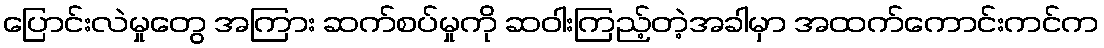
ပြောင်းလဲမှုတွေ အကြား ဆက်စပ်မှုကို ဆဝါးကြည့်တဲ့အခါမှာ အထက်ကောင်းကင်က